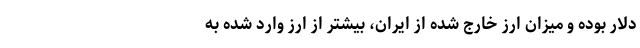
دلار بوده و میزان ارز خارج شده از ایران، بیشتر از ارز وارد شده به